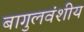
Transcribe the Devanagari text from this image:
बागुलवंशीय